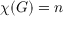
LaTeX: \chi ( G ) = n